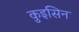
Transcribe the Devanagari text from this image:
कुइसिन